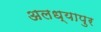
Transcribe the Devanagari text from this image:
अलध्यापुर